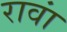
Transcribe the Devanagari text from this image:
रावां